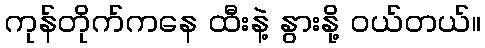
ကုန်တိုက်ကနေ ထီးနဲ့ နွားနို့ ဝယ်တယ်။